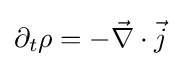
\partial _{t}\rho =-{\vec {\nabla }}\cdot {\vec {j}}